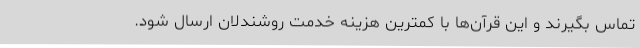
تماس بگیرند و این قرآن‌ها با کمترین هزینه خدمت روشندلان ارسال شود.